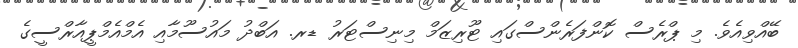
ބޭއްވިއެވެ. މި ޕްރެސް ކޮންފަރެންސްގައި ޓޫރިޒަމް މިނިސްޓަރު ޑރ. އަބްދު މައުސޫމާއި އެމްއެމްޕީއާރްސީގެ